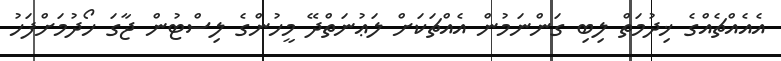
އެއެއްޗެއްގެ ޚިދުމަތް ލިބި ގަންނަމުން އެއްޗަކަށް ލަޢުނަތްދޭ މީހުންގެ ލިސްޓުން ޖާގަ ހޯދުމަށްފަހު